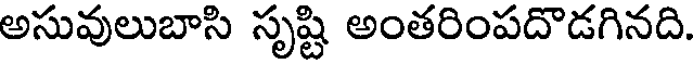
అసువులుబాసి సృష్టి అంతరింపదొడగినది.